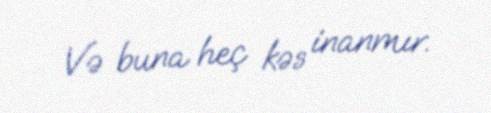
Və buna heç kəs inanmır.